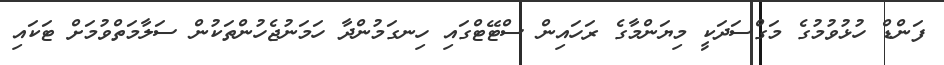
ފަންޑް ހުޅުވުމުގެ މަގްސަދަކީ މިޔަންމާގެ ރަހައިން ސްޓޭޓްގައި ހިނގަމުންދާ ހަމަނުޖެހުންތަކުން ސަލާމަތްވުމަށް ޓަކައި